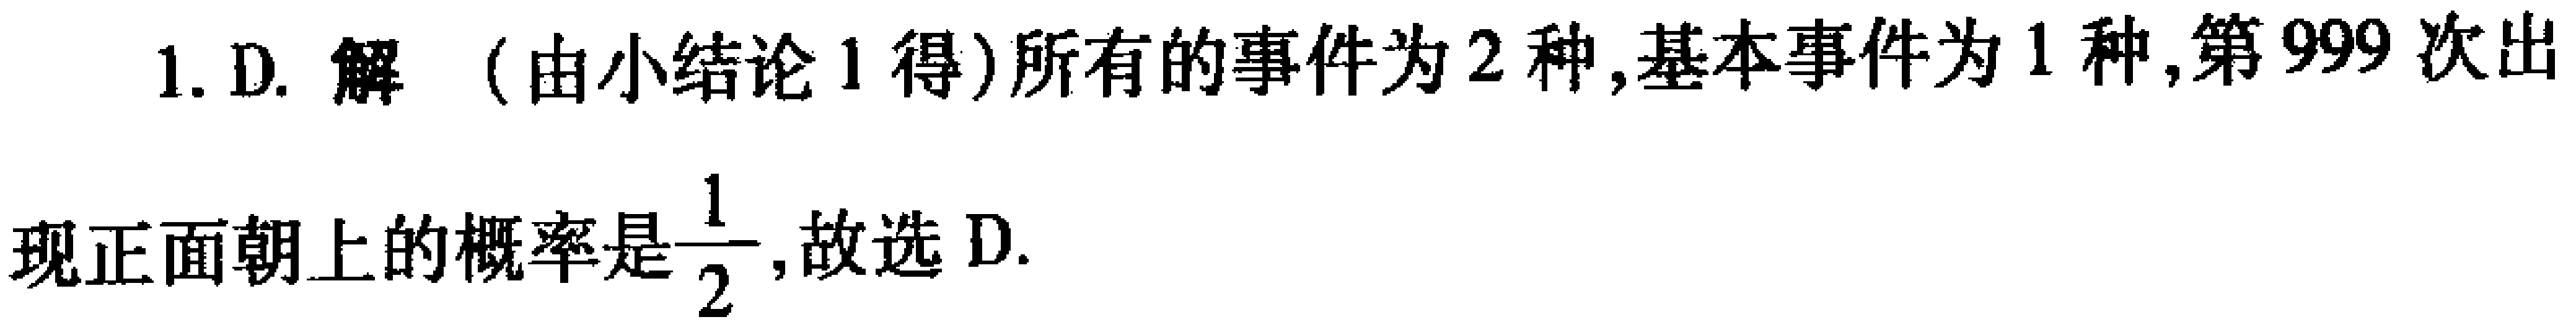
1. D. 解（由小结论1得）所有的事件为2种,基本事件为1种,第999次出现正面朝上的概率是$\dfrac{1}{2}$,故选D.